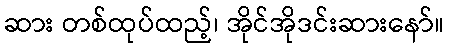
ဆား တစ်ထုပ်ထည့်၊ အိုင်အိုဒင်းဆားနော်။